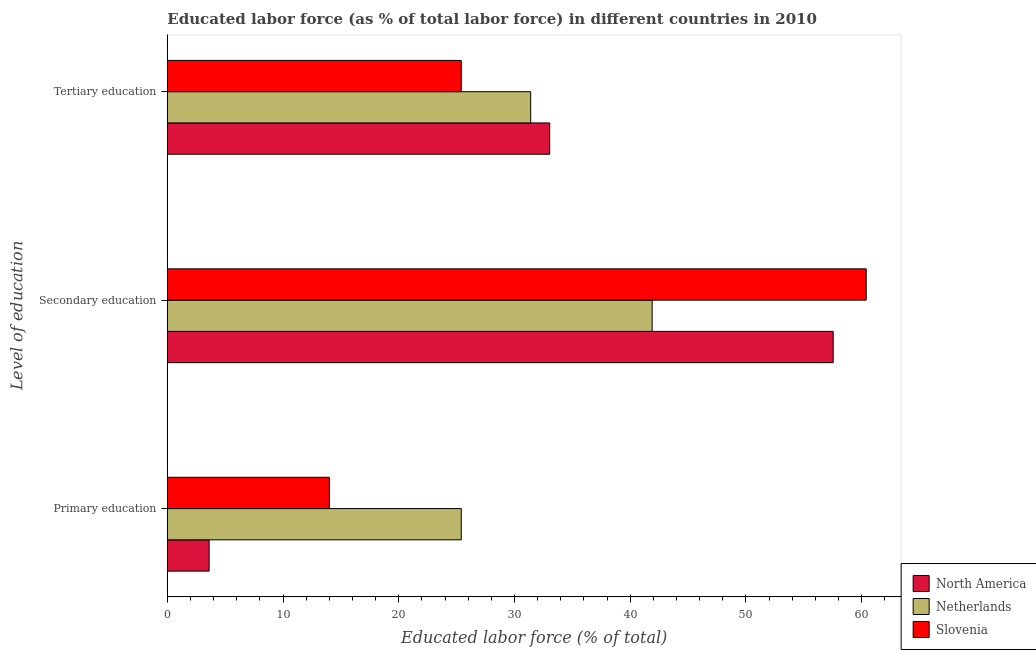
| Level of education | North America | Netherlands | Slovenia |
 | --- | --- | --- | --- |
 | Primary education | 3.61 | 25.4 | 14 |
 | Secondary education | 57.5 | 41.9 | 60.4 |
 | Tertiary education | 33 | 31.4 | 25.4 |